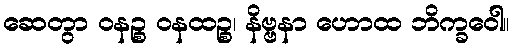
ဆေတွာ ဝနဉ္စ ဝနထဉ္စ၊ နိဗ္ဗနာ ဟောထ ဘိက္ခဝေါ။